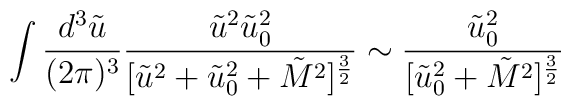
\int \frac{d^3 \tilde{u}}{(2\pi)^3} \frac{\tilde{u}^2\tilde{u}_0^2}{[\tilde{u}^2+\tilde{u}_0^2 +\tilde{M}^2]^{\frac{3}{2}}}\sim \frac{\tilde{u}_0^2}{[\tilde{u}_0^2 + \tilde{M}^2]^{\frac{3}{2}}}